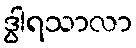
ဒွါရသာလာ